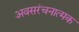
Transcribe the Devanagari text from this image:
अवसरंचनात्मक